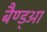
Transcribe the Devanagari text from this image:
बैण्ड्आ